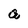
Character: a